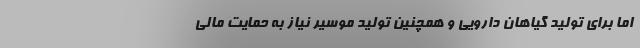
اما برای تولید گیاهان دارویی و همچنین تولید موسیر نیاز به حمایت مالی